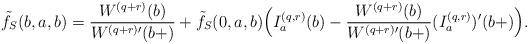
LaTeX: \begin{align*} \tilde{f}_S(b,a,b) &= \frac {W^{(q+r)}(b)} {W^{(q+r)\prime}(b+)} + \tilde{f}_S(0,a,b) \Big( I_a^{(q,r)}(b) - \frac{W^{(q+r)}(b)}{W^{(q+r) \prime}(b+)} (I_a^{(q,r)})'(b +) \Big) . \end{align*}